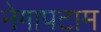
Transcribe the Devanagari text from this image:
नेगापटाम